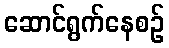
ဆောင်ရွက်နေစဉ်